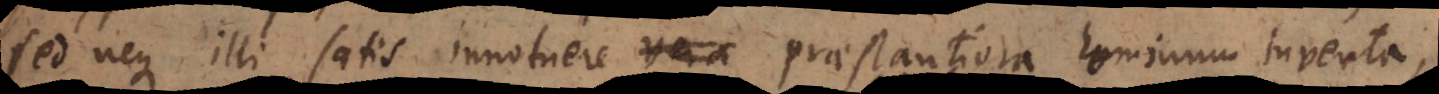
sed neque illi satis innotuere vera praestantiora hominum inventa,